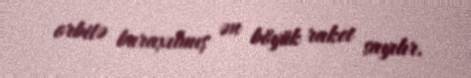
orbitə buraxılmış ən böyük raket sayılır.